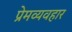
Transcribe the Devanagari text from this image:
प्रेमव्यवहार